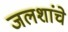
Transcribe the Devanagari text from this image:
जलशांचे